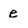
Character: e